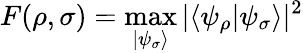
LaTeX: F(\rho,\sigma)=\operatorname*{max}_{|\psi_{\sigma}\rangle}|\langle\psi_{\rho}|\psi_{\sigma}\rangle|^{2}